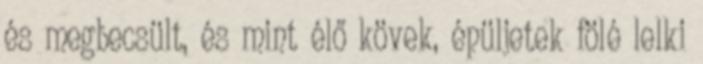
és megbecsült, és mint élő kövek, épüljetek fölé lelki